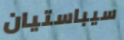
سيباستيان